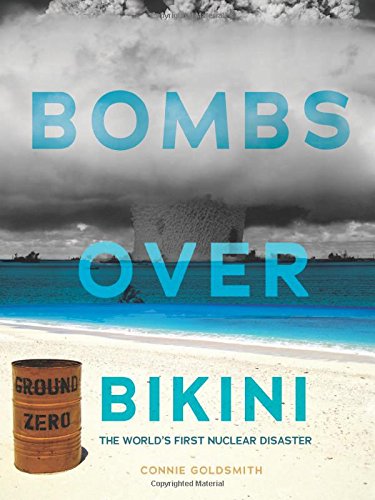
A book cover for Bombs over Bikini: The World's First Nuclear Disaster (Nonfiction - Young Adult); Connie Goldsmith; Children's Books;